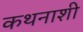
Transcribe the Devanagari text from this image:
कथनाशी